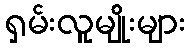
ရှမ်းလူမျိုးများ